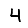
Digit: 4